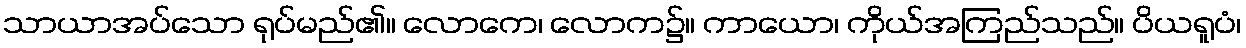
သာယာအပ်သော ရုပ်မည်၏။ လောကေ၊ လောက၌။ ကာယော၊ ကိုယ်အကြည်သည်။ ပိယရူပံ၊